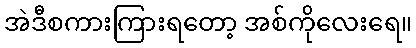
အဲဒီစကားကြားရတော့ အစ်ကိုလေးရေ။